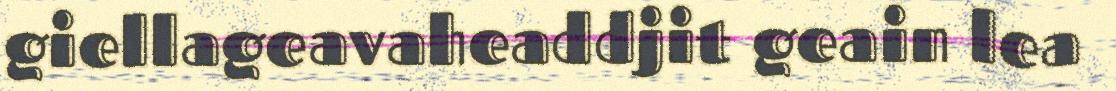
giellageavaheaddjit geain lea